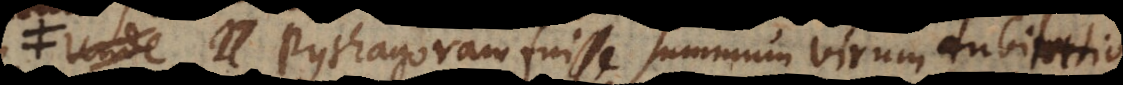
invenit. Pythagoram fuisse summum virum dubitatio